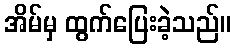
အိမ်မှ ထွက်ပြေးခဲ့သည်။